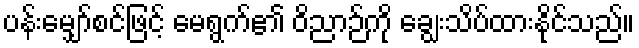
ပန်းမျှော်စင်ဖြင့် မေရွက်၏ ဝိညာဉ်ကို ချွေးသိပ်ထားနိုင်သည်။